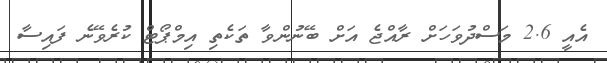
އެއީ 2.6 މަސްދުވަހަށް ރާއްޖެ އަށް ބޭނުންވާ ތަކެތި އިމްޕޯޓް ކުރެވޭނެ ފައިސާ